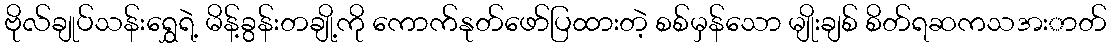
ဗိုလ်ချုပ်သန်းရွှေရဲ့ မိန့်ခွန်းတချို့ကို ကောက်နုတ်ဖော်ပြထားတဲ့ စစ်မှန်သော မျိုးချစ် စိတ်ရဆကသအးာတ်